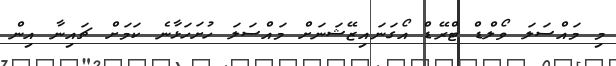
މި މައްސަލަ ވޯލްޑް ޓްރޭޑް އޯގަނައިޒޭޝަނަށް މައްސަލަ ހުށަހަޅާނެ ކަމަށް ޗައިނާ އިން